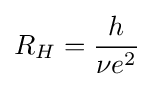
R_{H}={h \over \nu e^{2}}